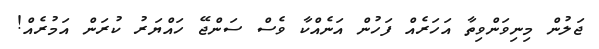
ޖަލުން މިނިވަންވިތާ އަހަރެއް ފަހުން އަނެއްކާ ވެސް ސަންޖޭ ހައްޔަރު ކުރަން އަމުރެއް!